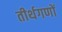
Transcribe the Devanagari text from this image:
तीर्थगणों